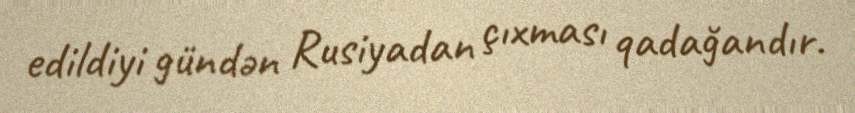
edildiyi gündən Rusiyadan çıxması qadağandır.